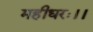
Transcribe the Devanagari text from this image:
महीधरः।।